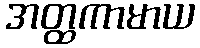
အတ္ထကာမာယ